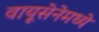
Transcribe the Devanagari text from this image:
वायूसेनेमध्ये